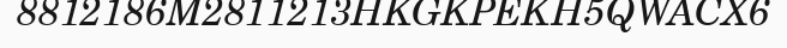
8812186M2811213HKGKPEKH5QWACX6